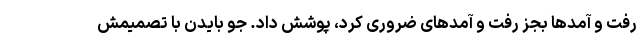
رفت و آمدها بجز رفت و آمدهای ضروری کرد، پوشش داد. جو بایدن با تصمیمش